Report on lock hospitals in British Burma
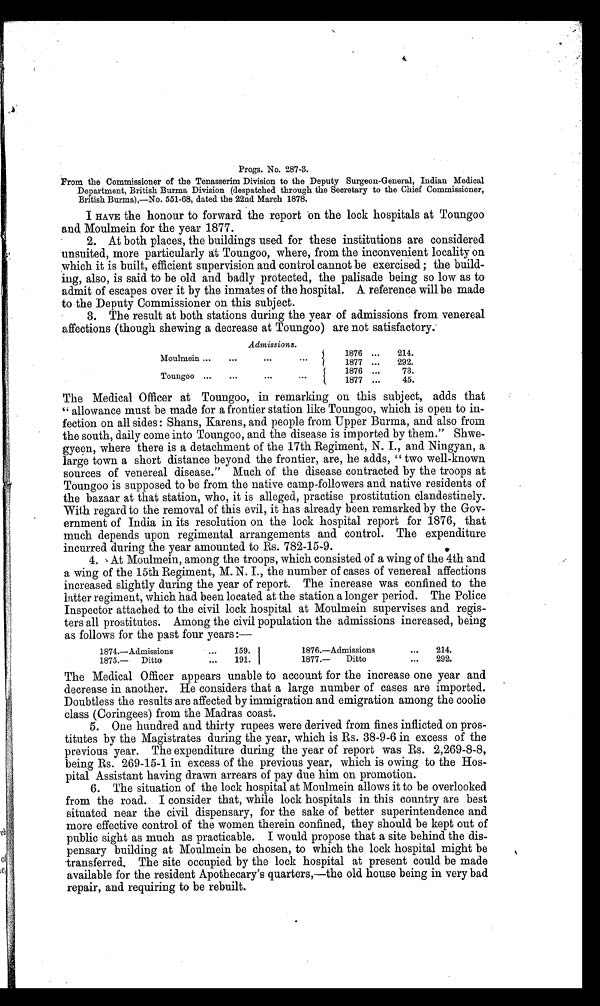
Progs. No. 287-3.
From the Commissioner of the Tenasserim Division to the Deputy Surgeon-General, Indian Medical
Department, British Burma Division (despatched through the Secretary to the Chief Commissioner,
British Burma),—No. 551-68, dated the 22nd March 1878.
I HAVE the honour to forward the report on the lock hospitals at Toungoo
and Moulmein for the year 1877.
2. At both places, the buildings used for these institutions are considered
unsuited, more particularly at Toungoo, where, from the inconvenient locality on
which it is built, efficient supervision and control cannot be exercised ; the build-
ing, also, is said to be old and badly protected, the palisade being so low as to
admit of escapes over it by the inmates of the hospital. A reference will be made
to the Deputy Commissioner on this subject.
3. The result at both stations during the year of admissions from venereal
affections (though shewing a decrease at Toungoo) are not satisfactory.
Admissions.
Moulmein ...
...
. . .
... {
1876 ...
214.
1877 ...
292.
Toungoo ...
...
. . .
. . .
{ 1876 ...
73.
1877 ...
45.
The Medical Officer at Toungoo, in remarking on this subject, adds that
" allowance must be made for a frontier station like Toungoo, which is open to in-
fection on all sides : Shans, Karens, and people from Upper Burma, and also from
the south, daily come into Toungoo, and the disease is imported by them." Shwe-
gyeen, where there is a detachment of the 17th Regiment, N. I., and Ningyan, a
large town a short distance beyond the frontier, are, he adds, " two well-known
sources of venereal disease." Much of the disease contracted by the troops at
Toungoo is supposed to be from the native camp-followers and native residents of
the bazaar at that station, who, it is alleged, practise prostitution clandestinely.
With regard to the removal of this evil, it has already been remarked by the Gov-
ernment of India in its resolution on the lock hospital report for 1876, that
much depends upon regimental arrangements and control. The expenditure
incurred during the year amounted to Rs. 782-15-9.
4. At Moulmein, among the troops, which consisted of a wing of the 4th and
a wing of the 15th Regiment, M. N. I., the number of cases of venereal affections
increased slightly during the year of report. The increase was confined to the
latter regiment, which had been located at the station a longer period. The Police
Inspector attached to the civil lock hospital at Moulmein supervises and regis-
ters all prostitutes. Among the civil population the admissions increased, being
as follows for the past four years :—
1874.—Admissions
...
159.
1876.—Admissions
. . .
214.
1875.— Ditto
...
191.
1877.—
Ditto
...
292.
The Medical Officer appears unable to account for the increase one year and
decrease in another. He considers that a large number of cases are imported.
Doubtless the results are affected by immigration and emigration among the coolie
class (Coringees) from the Madras coast.
5. One hundred and thirty rupees were derived from fines inflicted on pros-
titutes by the Magistrates during the year, which is Rs. 38-9-6 in excess of the
previous year. The expenditure during the year of report was Rs. 2,269-8-8,
being Rs. 269-15-1 in excess of the previous year, which is owing to the Hos-
pital Assistant having drawn arrears of pay due him on promotion.
6. The situation of the lock hospital at Moulmein allows it to be overlooked
from the road. I consider that, while lock hospitals in this country are best
situated near the civil dispensary, for the sake of better superintendence and
more effective control of the women therein confined, they should be kept out of
public sight as much as practicable. I would propose that a site behind the dis-
pensary building at Moulmein be chosen, to which the lock hospital might be
transferred. The site occupied by the lock hospital at present could be made
available for the resident Apothecary's quarters,—the old house being in very bad
repair, and requiring to be rebuilt.